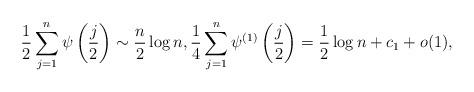
LaTeX: \begin{align*}\frac{1}{2} \sum_{j=1}^{n} \psi\left(\frac{j}{2}\right) \sim {n\over 2} \log n, \frac{1}{4} \sum_{j=1}^{n} \psi^{(1)}\left(\frac{j}{2}\right) = {1\over 2}\log {n} +c_1 + o(1),\end{align*}